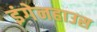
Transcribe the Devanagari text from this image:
इंगेनहाउस